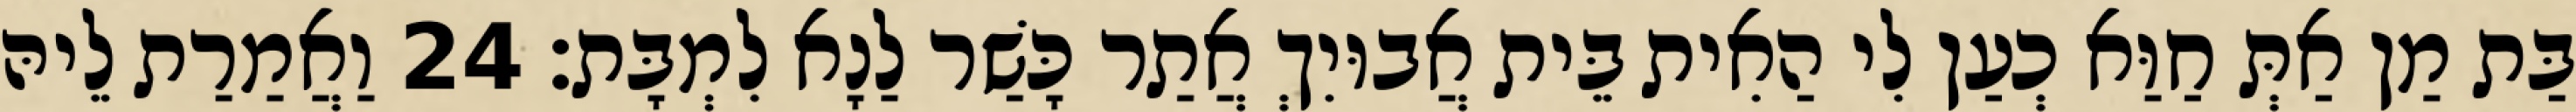
בַּת מַן אַתְּ חַוַּא כְעַן לִי הַאִית בֵּית אֲבוּיִךְ אֲתַר כָּשַׁר לַנָא לִמְבָּת׃ 24 וַאֲמַרַת לֵיהּ